Vaccination Hyderabad 1890-1903 - 1890-1903
Year: 1890
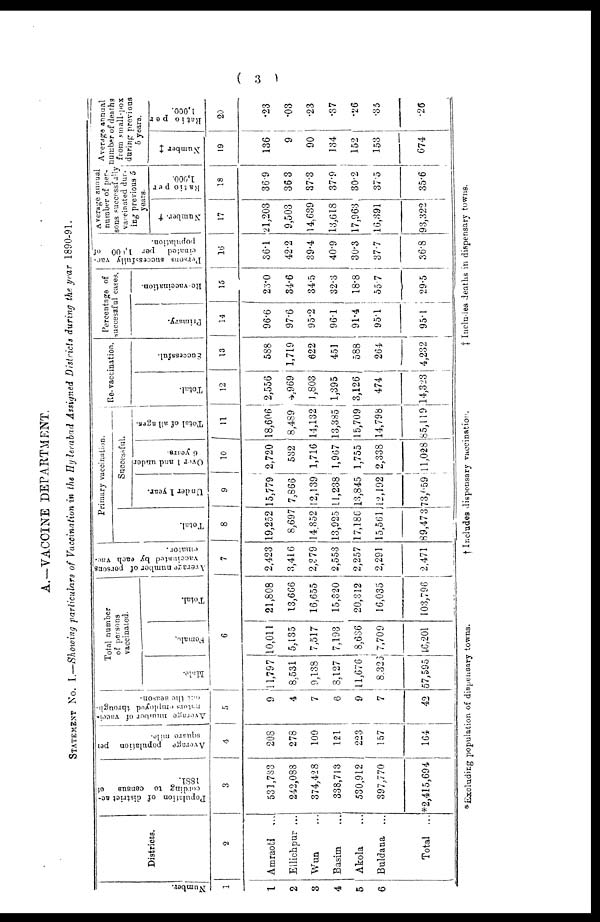
( 3 )
A.—VACCINE DEPARTMENT.
STATEMENT NO. I.—Showing particulars of Vaccination in the Hyderabad Assigned Districts during the year 1890-91.
Number.
1
1
2
3
4
5
6
Districts.
2
Amraoti ...
Ellichpur ...
Wun ...
Basim ...
Akola ...
Buldana ...
Total ...
Population of district ac-
cording to census of
1881.
3
531,783
242,088
374,428
338,713
530,912
397,770
*2,415,694
Average
population
per
square
mile.
4
208
278
100
121
223
157
164
Average number of vacci-
nators employed through-
out the season.
5
9
4
7
6
9
7
42
Total number
of persons
vaccinated.
Male.
Female.
Total.
6
11,797
8,531
9,138
8,127
11,676
8,323
57,595
10,011
5,135
7,517
7,193
8,636
7,709
16,201
21,808
13,666
16,655
15,320
20,312
16,035
103,796
Average number of persons
vaccinated by each vac-
cinator.
7
2,423
3,416
2,379
2,553
2,257
2,291
2,471
Primary vaccination.
Total.
8
19,252
8,697
14,852
13,925
17,186
15,561,
89,473
Successful.
Under 1 year.
9
15,779
7,866
12,139
11,238
13,845
12,192
73,059
Over 1 and under
6 years.
10
2,720
532
1,716
1,967
1,755
2,338
11,028
Total of all ages.
11
18,606
8,489
14,132
13,385
15,709
14,798
85,119
Re-vaccination.
Total.
12
2,556
4,969
1,803
1,395
3,126
474
14,323
Successful.
13
588
1,719
622
451
588
264
4,232
Percentage of
successful cases.
Primary.
14
96.6
97.6
95.2
96.1
91.4
95.1
95.1
Re-vaccination.
15
23.0
34.6
34.5
32.3
18.8
55.7
29.5
Persons successfully vac-
cinated
per 1,000 of
population.
16
36.1
42.2
39.4
40.9
30.3
37.7
36.8
Average annual
number of per-
sons successfully
vaccinated dur-
ing previous 5
years.
Number. †
17
21,203
9,503
14,639
13,618
17,963
16,391
93,322
Ratio per
1,000.
18
36.9
36.3
37.3
37.9
30.2
37.5
35.6
Average annual
number of deaths
from small-pox
during previous
5 years.
Number ‡
19
136
9
90
134
152
153
674
Ratio per
1,000.
20
.23
.03
.23
.37
.26
.35
.26
*Excluding population of dispensary towns.
† Includes dispensary vaccination.
‡ Includes deaths in dispensary towns.